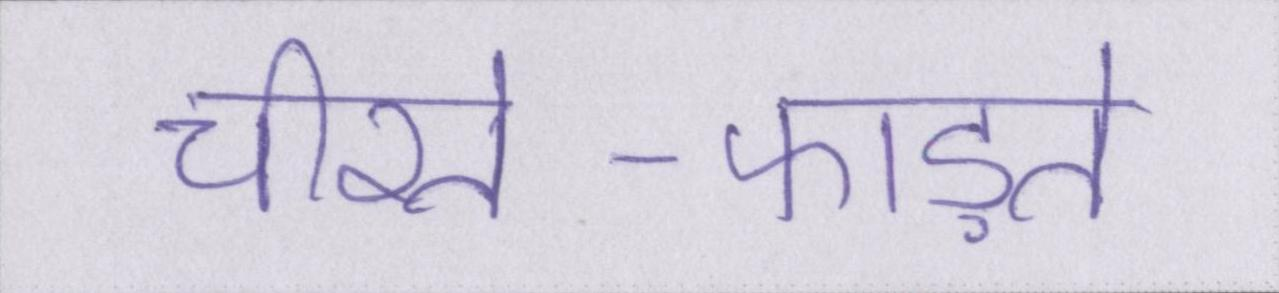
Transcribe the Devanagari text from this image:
चीरते-फाड़ते